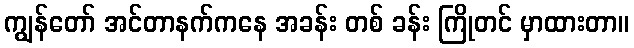
ကျွန်တော် အင်တာနက်ကနေ အခန်း တစ် ခန်း ကြိုတင် မှာထားတာ။